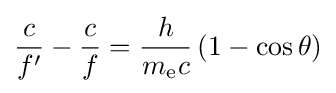
{\frac {c}{f'}}-{\frac {c}{f}}={\frac {h}{m_{\text{e}}c}}\left(1-\cos \theta \right)